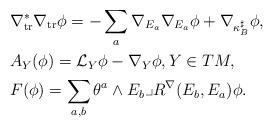
LaTeX: \begin{align*} &\nabla_{\rm tr}^*\nabla_{\rm tr}\phi =-\sum_a \nabla_{E_a}\nabla_{E_a}\phi +\nabla_{\kappa_B^\sharp}\phi,\\ &A_Y(\phi)=\mathcal{L}_Y\phi -\nabla_Y\phi,Y\in TM,\\ &F(\phi)=\sum_{a,b}\theta^a \wedge E_b\lrcorner R^\nabla(E_b, E_a)\phi. \end{align*}